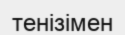
тенізімен